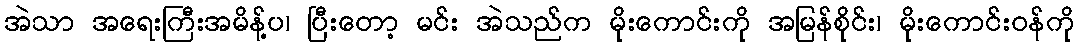
အဲသာ အရေးကြီးအမိန့်ပ၊ ပြီးတော့ မင်း အဲသည်က မိုးကောင်းကို အမြန်စိုင်း၊ မိုးကောင်းဝန်ကို